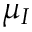
\mu _ { I }